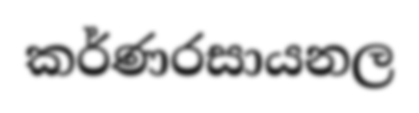
කර්ණරසායනල